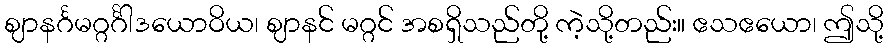
ဈာနင်္ဂမဂ္ဂင်္ဂါဒယောဝိယ၊ ဈာနင် မဂ္ဂင် အစရှိသည်တို့ ကဲ့သို့တည်း။ ဧသဧယော၊ ဤသို့